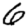
Digit: 6